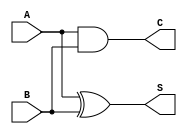
module half_adder (
    input wire A,    // First operand
    input wire B,    // Second operand
    output wire S,   // Sum output
    output wire C    // Carry output
);

// Internal logic for Sum and Carry
assign S = A ^ B;  // Sum is A XOR B
assign C = A & B;  // Carry is A AND B

endmodule